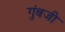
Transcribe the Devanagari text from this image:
गुंबजी